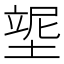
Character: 𡎿